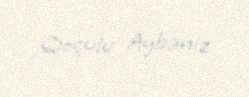
Qoçulu Aybəniz